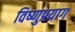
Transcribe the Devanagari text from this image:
विष्‍णुप्रयाग